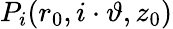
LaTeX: P_{i}(r_{0},i\cdot\vartheta,z_{0})